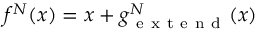
f ^ { N } ( x ) = x + g _ { \mathrm { ~ e ~ x ~ t ~ e ~ n ~ d ~ } } ^ { N } ( x )